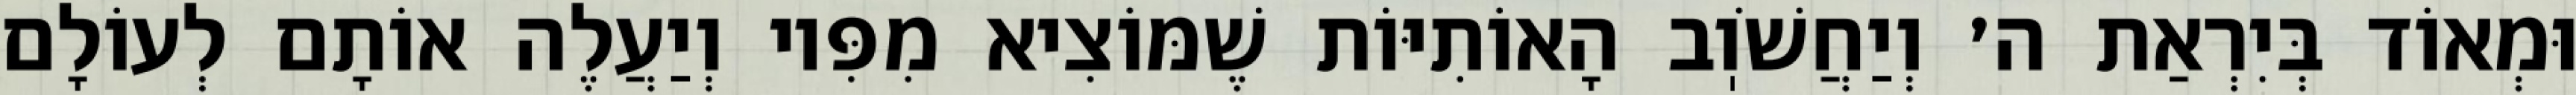
וּמְאוֹד בְּיִרְאַת ה׳ וְיַחֲשֹׁוֽב הָאוֹתִיּוֹת שֶׁמּוֹצִיא מִפִּיו וְיַעֲלֶה אוֹתָם לְעוֹלָם